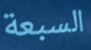
السبعة